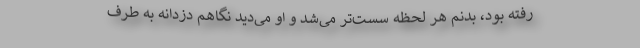
رفته بود، بدنم هر لحظه سُست‌تر می‌شد و او می‌دید نگاهم دزدانه به طرف